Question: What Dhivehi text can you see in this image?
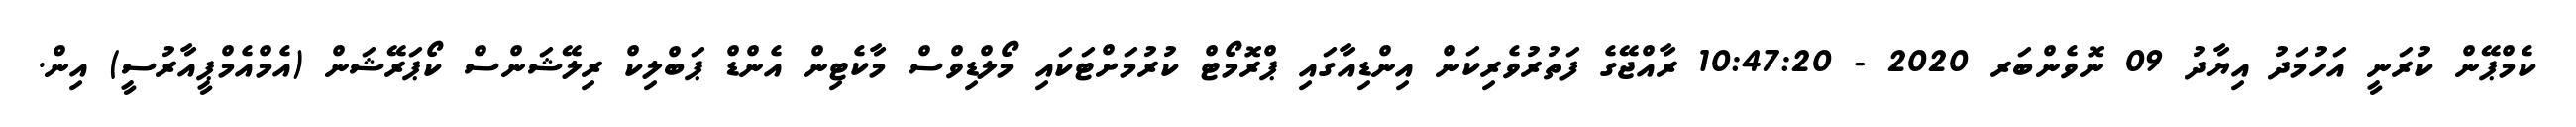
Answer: ކެމްޕޭން ކުރަނީ އަހުމަދު އިޔާދު 09 ނޮވެންބަރ 2020 - 10:47:20 ރާއްޖޭގެ ފަތުރުވެރިކަން އިންޑިއާގައި ޕްރޮމޯޓް ކުރުމަށްޓަކައި މޯލްޑިވްސް މާކެޓިން އެންޑް ޕަބްލިކް ރިލޭޝަންސް ކޯޕަރޭޝަން (އެމްއެމްޕީއާރުސީ) އިން.